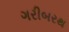
ગરીબરથ